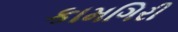
કામગિરી